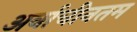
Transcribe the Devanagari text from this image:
अर्वाचीनतम